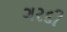
ગરદી